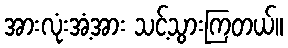
အားလုံးအံ့အား သင့်သွားကြတယ်။